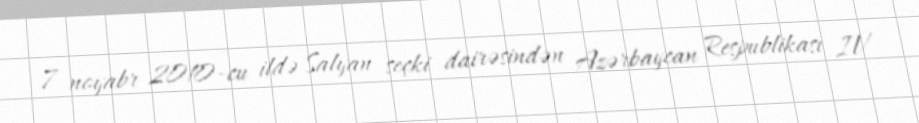
7 noyabr 2010-cu ildə Salyan seçki dairəsindən Azərbaycan Respublikası IV